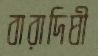
বারাদিঘী